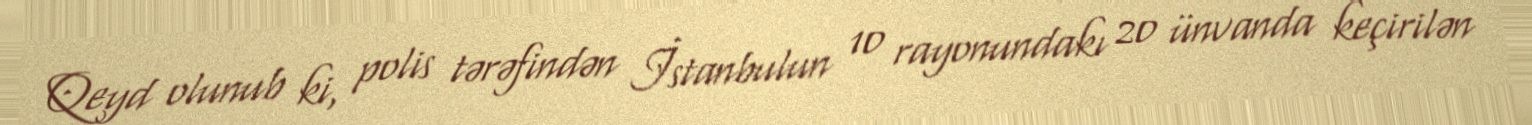
Qeyd olunub ki, polis tərəfindən İstanbulun 10 rayonundakı 20 ünvanda keçirilən